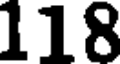
118